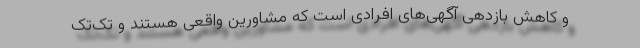
و کاهش بازدهی آگهی‌های افرادی است که مشاورین واقعی هستند و تک‌تک